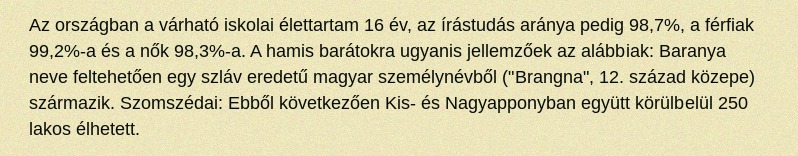
Az országban a várható iskolai élettartam 16 év, az írástudás aránya pedig 98,7%, a férfiak 99,2%-a és a nők 98,3%-a. A hamis barátokra ugyanis jellemzőek az alábbiak: Baranya neve feltehetően egy szláv eredetű magyar személynévből ("Brangna", 12. század közepe) származik. Szomszédai: Ebből következően Kis- és Nagyapponyban együtt körülbelül 250 lakos élhetett.